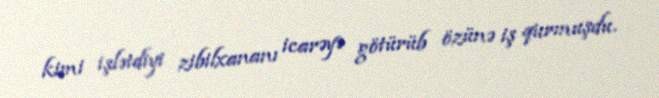
kimi işlətdiyi zibilxananı icarəyə götürüb özünə iş qurmuşdu.